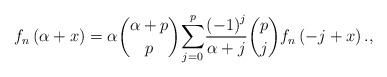
\begin{align*}f_{n}\left( \alpha +x\right) =\alpha \binom{\alpha +p}{p}\underset{j=0}{\overset{p}{\sum }}\frac{\left( -1\right) ^{j}}{\alpha +j}\binom{p}{j}f_{n}\left( -j+x\right) ., \end{align*}